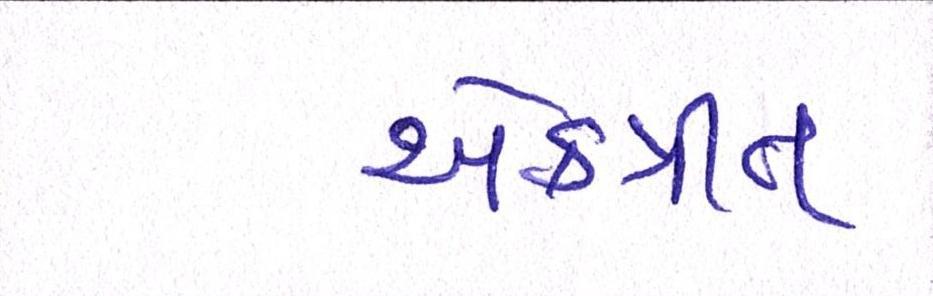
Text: એકત્રીત